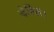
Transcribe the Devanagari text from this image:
नेविस।